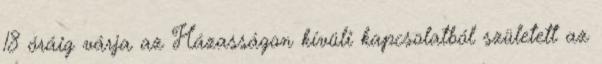
18 óráig várja az Házasságon kívüli kapcsolatból született az